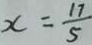
x = \frac { 1 7 } { 5 }